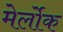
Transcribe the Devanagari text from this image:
मेर्लोक